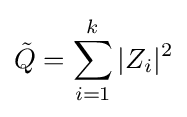
{\tilde {Q}}=\sum _{i=1}^{k}|Z_{i}|^{2}